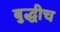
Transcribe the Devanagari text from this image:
बुद्धीच